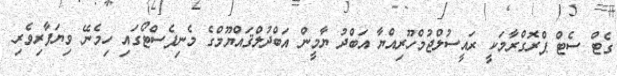
ގެޓް ސެޓް ޕްރޮގްރާމަކީ ރައީސުލްޖުމްހޫރިއްޔާ އަބްދު ޔާމީން އަބްދުލްޤައްޔޫމްގެ މެނިފެސްޓޯގައި ހިމެނޭ ވިޔަފާރިވެރި